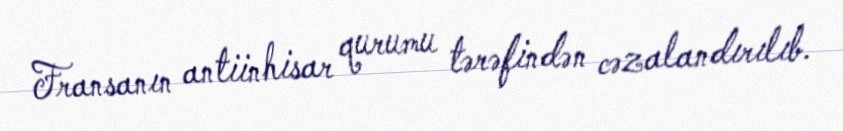
Fransanın antiinhisar qurumu tərəfindən cəzalandırılıb.